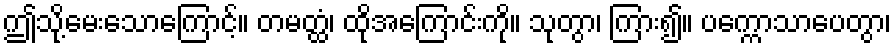
ဤသို့မေးသောကြောင့်။ တမတ္ထံ၊ ထိုအကြောင်းကို။ သုတွာ၊ ကြား၍။ ပက္ကောသာပေတွာ၊